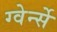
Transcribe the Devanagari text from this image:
ग्वेर्न्से